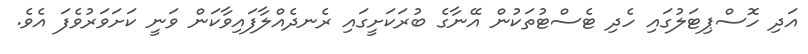
އަދި ހޮސްޕިޓަލުގައި ހެދި ޓެސްޓުތަކުން އޭނާގެ ބުރަކަށީގައި ރެނދެއްލާފައިވާކަން ވަނީ ކަށަވަރުވެފަ އެވެ.